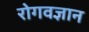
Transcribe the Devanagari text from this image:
रोगवज्ञान